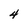
Character: 4